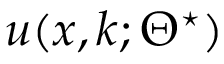
u ( \boldsymbol { x } , \boldsymbol { k } ; \Theta ^ { \star } )